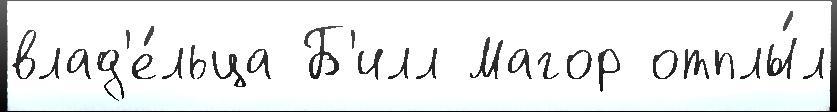
влад'е́льца Б'илл Магор отплы́л